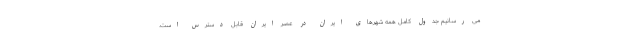
می رسانیم جدول کامل همه شهرهای ایران در عصر ایران قابل دسترس است.